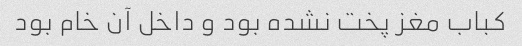
کباب مغز پخت نشده بود و داخل آن خام بود